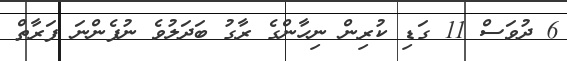
6 ދުވަސް 11 ގަޑި ކުރިން ނިހާންގެ ރާގު ބަދަލުވެ ނުފެންނަ ފަރާތް